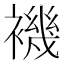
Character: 𧝞